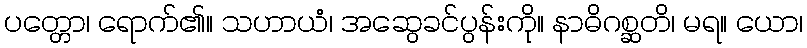
ပတ္တော၊ ရောက်၏။ သဟာယံ၊ အဆွေခင်ပွန်းကို။ နာဓိဂစ္ဆတိ၊ မရ။ ယော၊